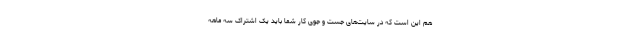
هم این است که در سایت‌های جست و جوی کار شما باید یک اشتراک سه ماهه